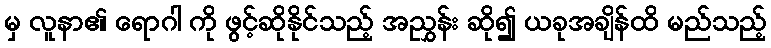
မှ လူနာ၏ ရောဂါ ကို ဖွင့်ဆိုနိုင်သည့် အညွှန်း ဆို၍ ယခုအချိန်ထိ မည်သည့်